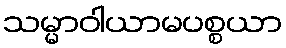
သမ္မာဝါယာမပစ္စယာ